Lunatic asylums Madras 1877-1891 - 1877-1891
Year: 1877
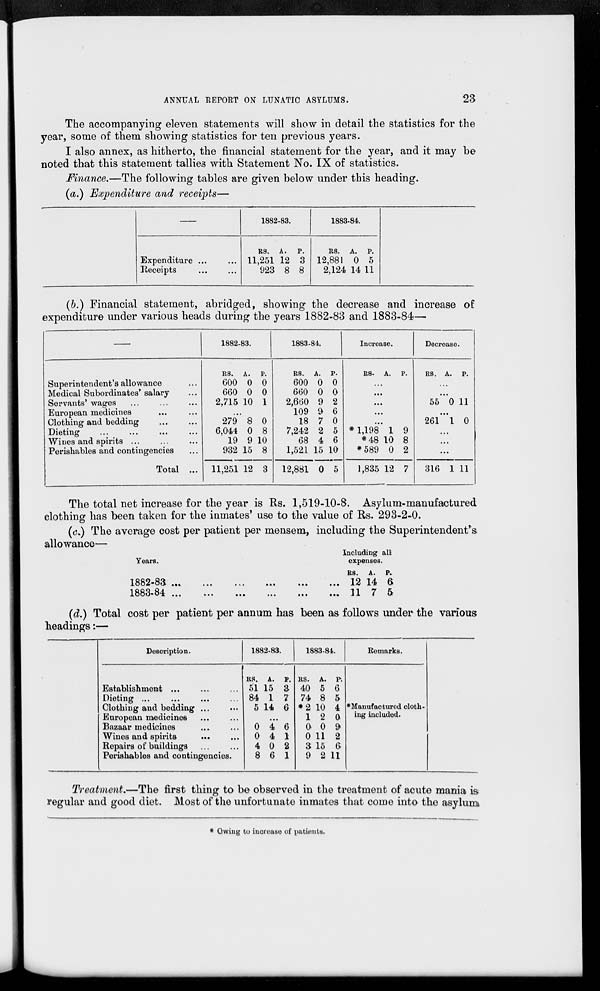
ANNUAL REPORT ON LUNATIC ASYLUMS.
23
The accompanying eleven statements will show in detail the statistics for the
year, some of them showing statistics for ten previous years.
I also annex, as hitherto, the financial statement for the year, and it may be
noted that this statement tallies with Statement No. IX of statistics.
Finance.—The following tables are given below under this heading.
(a.) Expenditure and receipts—
—
Expenditure... ...
Receipts ... ...
1882-83.
RS.
11,251
923
A.
12
8
P.
3
8
1883-84.
RS.
12,881
2,124
A.
0
14
P.
5
11
(b.) Financial statement, abridged, showing the decrease and increase of
expenditure under various heads during the years 1882-83 and 1883-84 —
—
Superintendent's allowance ...
Medical Subordinates' salary ...
Servants' wages ... ... ...
European medicines ... ...
Clothing and bedding
...
...
Dieting ... ... ... ...
Wines and spirits ... ... ...
Perishables and contingencies ...
Total ...
1882-83.
RS.
600
660
2,715
A.
0
0
10
P.
0
0
1
...
279
6,044
19
932
11,251
8
0
9
15
12
0
8
10
8
3
1883-84.
RS.
600
660
2,660
109
18
7,242
68
1,521
12,881
A.
0
0
9
9
7
2
4
15
0
P.
0
0
2
6
0
5
6
10
5
Increase.
RS. A.
P.
...
...
...
...
...
* 1,198
*48
*589
1,835
1
10
0
12
9
8
2
7
Decrease.
RS. A.
P.
...
...
55 0 11
...
261 1 0
...
...
...
316 1 11
The total net increase for the year is Rs. 1,519-10-8. Asylum-manufactured
clothing has been taken for the inmates' use to the value of Rs. 293-2-0.
(c.) The average cost per patient per mensem, including the Superintendent's
allowance—
Years.
1882-83
...
...
...
...
...
...
1883-84 ...
...
...
...
...
...
Including all
expenses.
RS.
12
11
A.
14
7
P.
6
5
(d.) Total cost per patient per annum has been as follows under the various
headings:—
Description.
Establishment... ... ...
Dieting ...
...
...
Clothing and bedding ... ...
European medicines ... ...
Bazaar medicines ... ...
Wines and spirits ... ...
Repairs of buildings ... ...
Perishables and contingencies.
1882-83
RS.
51
84
5
A.
15
1
14
P.
3
7
6
...
0
0
4
8
4
4
0
6
6
1
2
1
1883-84.
RS.
40
74
*2
1
0
0
3
9
A.
5
8
10
2
0
11
15
2
P.
6
5
4
0
9
2
6
11
Remarks.
*Manufactured cloth-
ing included.
Treatment.—The first thing to be observed in the treatment of acute mania is
regular and good diet. Most of the unfortunate inmates that come into the asylum
* Owing to increase of patients.